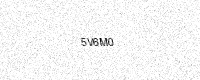
Text: 5V6M0